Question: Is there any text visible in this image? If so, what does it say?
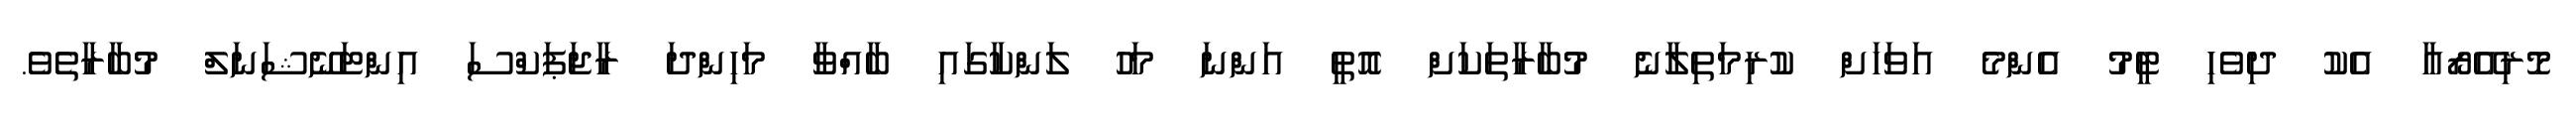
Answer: މޮރިއޭރޯއާ އެކު ދިވެހި ޓީމު އެންމެ އަވަހަށް ކުރިމަތިލާނެ މުބާރާތަކަށް އޮތީ އަންނަ މަހު ލަންކާގައި ބާއްވާ މަހިންދަ ރާޖަޕަކްސަ އިންޓަނޭޝަނަލް މުބާރާތެވެ.